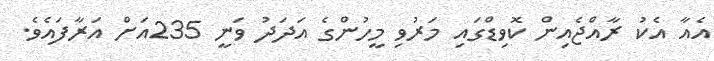
އެއާ އެކު ރާއްޖެއިން ކޮވިޑްގައި މަރުވި މީހުންގެ އަދަދު ވަނީ 235އަށް އަރާފައެވެ.